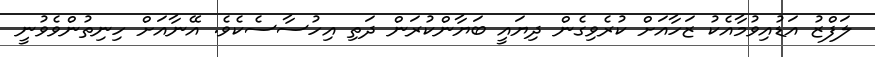
ލަފްޒު އަޑުއިވުމާއެކު ޒަހާއަށް ކުރެވިގެން ދިޔައީ ބަޔާންކުރަން ދަތި އިހުސާސެކެވެ. އޭނާއަށް ހިނިތުންވެވުނީ